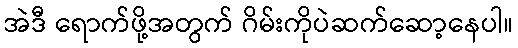
အဲဒီ ရောက်ဖို့အတွက် ဂိမ်းကိုပဲဆက်ဆော့နေပါ။